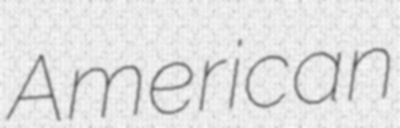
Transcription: American